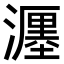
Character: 𤁄